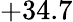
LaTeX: +34.7